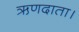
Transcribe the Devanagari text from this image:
ऋणदाता।